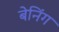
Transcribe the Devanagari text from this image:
बेनिंग